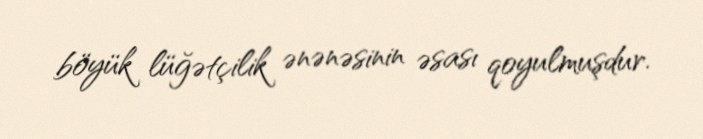
böyük lüğətçilik ənənəsinin əsası qoyulmuşdur.